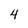
Character: 4